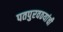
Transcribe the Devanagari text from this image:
पतपुरवठयांची